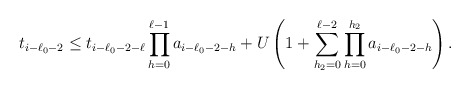
\begin{align*}t_{i-\ell_0-2}\le t_{i-\ell_0-2-\ell}\prod_{h=0}^{\ell-1}a_{i-\ell_0-2-h}+U\left(1+\sum_{h_2=0}^{\ell-2}\prod_{h=0}^{h_2} a_{i-\ell_0-2-h}\right).\end{align*}